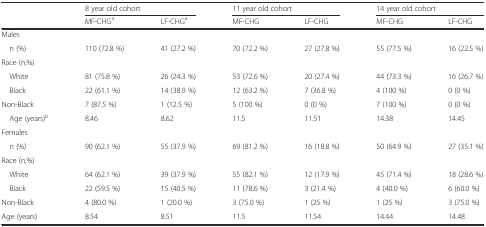
|  | <COLSPAN=2> 8 year old cohort | <COLSPAN=2> 11 year old cohort | <COLSPAN=2> 14 year old cohort |
 |  | MF-CHGa | LF-CHGa | MF-CHG | LF-CHG | MF-CHG | LF-CHG |
 | --- | --- | --- | --- | --- | --- | --- |
 | Males |  |  |  |  |  |  |
 | n (%) | 110 (72.8 %) | 41 (27.2 %) | 70 (72.2 %) | 27 (27.8 %) | 55 (77.5 %) | 16 (22.5 %) |
 | Race (n,%) |  |  |  |  |  |  |
 | White | 81 (75.8 %) | 26 (24.3 %) | 53 (72.6 %) | 20 (27.4 %) | 44 (73.3 %) | 16 (26.7 %) |
 | Black | 22 (61.1 %) | 14 (38.9 %) | 12 (63.2 %) | 7 (36.8 %) | 4 (100 %) | 0 (0 %) |
 | Non-Black | 7 (87.5 %) | 1 (12.5 %) | 5 (100 %) | 0 (0 %) | 7 (100 %) | 0 (0 %) |
 | Age (years)b | 8.46 | 8.62 | 11.5 | 11.51 | 14.38 | 14.45 |
 | Females |  |  |  |  |  |  |
 | n (%) | 90 (62.1 %) | 55 (37.9 %) | 69 (81.2 %) | 16 (18.8 %) | 50 (64.9 %) | 27 (35.1 %) |
 | Race (n,%) |  |  |  |  |  |  |
 | White | 64 (62.1 %) | 39 (37.9 %) | 55 (82.1 %) | 12 (17.9 %) | 45 (71.4 %) | 18 (28.6 %) |
 | Black | 22 (59.5 %) | 15 (40.5 %) | 11 (78.6 %) | 3 (21.4 %) | 4 (40.0 %) | 6 (60.0 %) |
 | Non-Black | 4 (80.0 %) | 1 (20.0 %) | 3 (75.0 %) | 1 (25 %) | 1 (25 %) | 3 (75.0 %) |
 | Age (years) | 8.54 | 8.51 | 11.5 | 11.54 | 14.44 | 14.48 |